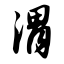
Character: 渭